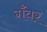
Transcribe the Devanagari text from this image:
गँवर